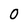
Character: 0